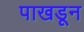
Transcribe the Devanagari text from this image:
पाखडून